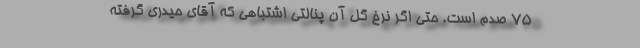
75 صدم است. حتی اگر نرخ گل آن پنالتیِ اشتباهی که آقای حیدری گرفته